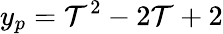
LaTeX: y_{p}=\mathcal{T}^{2}-2\mathcal{T}+2